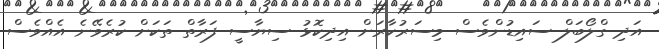
އަދި ގްލޯބަލް ސައިޑުންވެސް މިސަރުކާރަށް އިދިކޮޅު ސިޔާސީ ފަރާތް ތަކަށް ކުރެވޭނެ އެއްވެސް